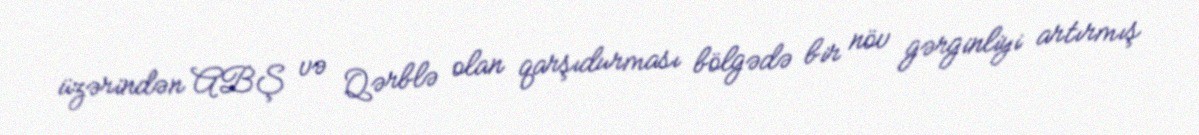
üzərindən ABŞ və Qərblə olan qarşıdurması bölgədə bir növ gərginliyi artırmış